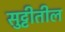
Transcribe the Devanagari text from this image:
सुट्टीतील